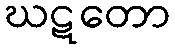
ဃဋတော